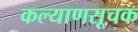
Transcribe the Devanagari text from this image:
कल्याणसूचक